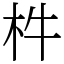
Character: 㭌